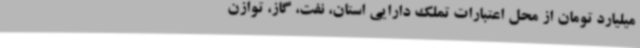
میلیارد تومان از محل اعتبارات تملک دارایی استان، نفت، گاز، توازن